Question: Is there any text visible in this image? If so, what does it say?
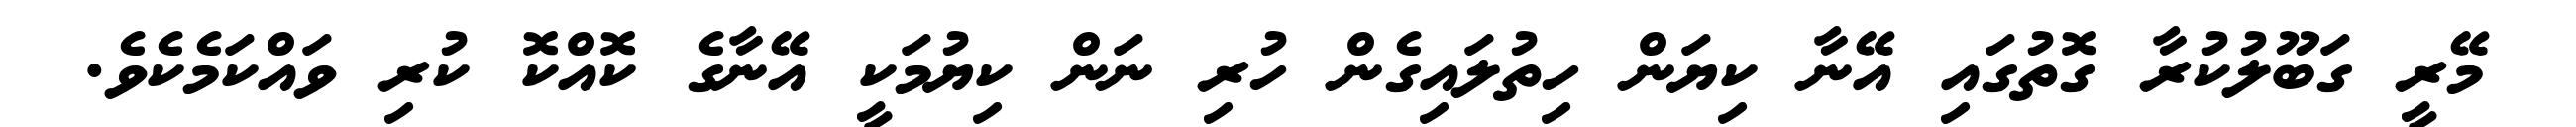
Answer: މޭރީ ގަބޫލުކުރާ ގޮތުގައި އޭނާ ކިޔަން ހިތުލައިގެން ހުރި ނަން ކިޔުމަކީ އޭނާގެ ކޮއްކޮ ކުރި ވައްކަމެކެވެ.